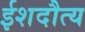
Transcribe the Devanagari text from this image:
ईशदौत्य